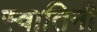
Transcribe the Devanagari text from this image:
स्वातिनी